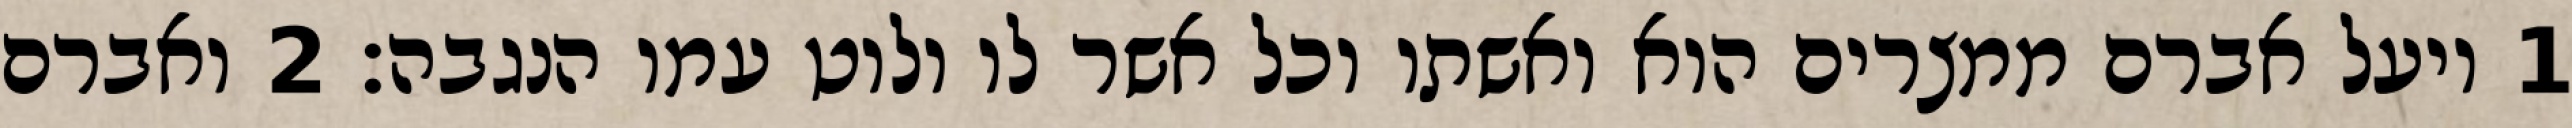
1 ויעל אברם ממצרים הוא ואשתו וכל אשר לו ולוט עמו הנגבה׃ ‎2‏ ואברם